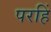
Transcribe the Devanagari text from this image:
परहिं